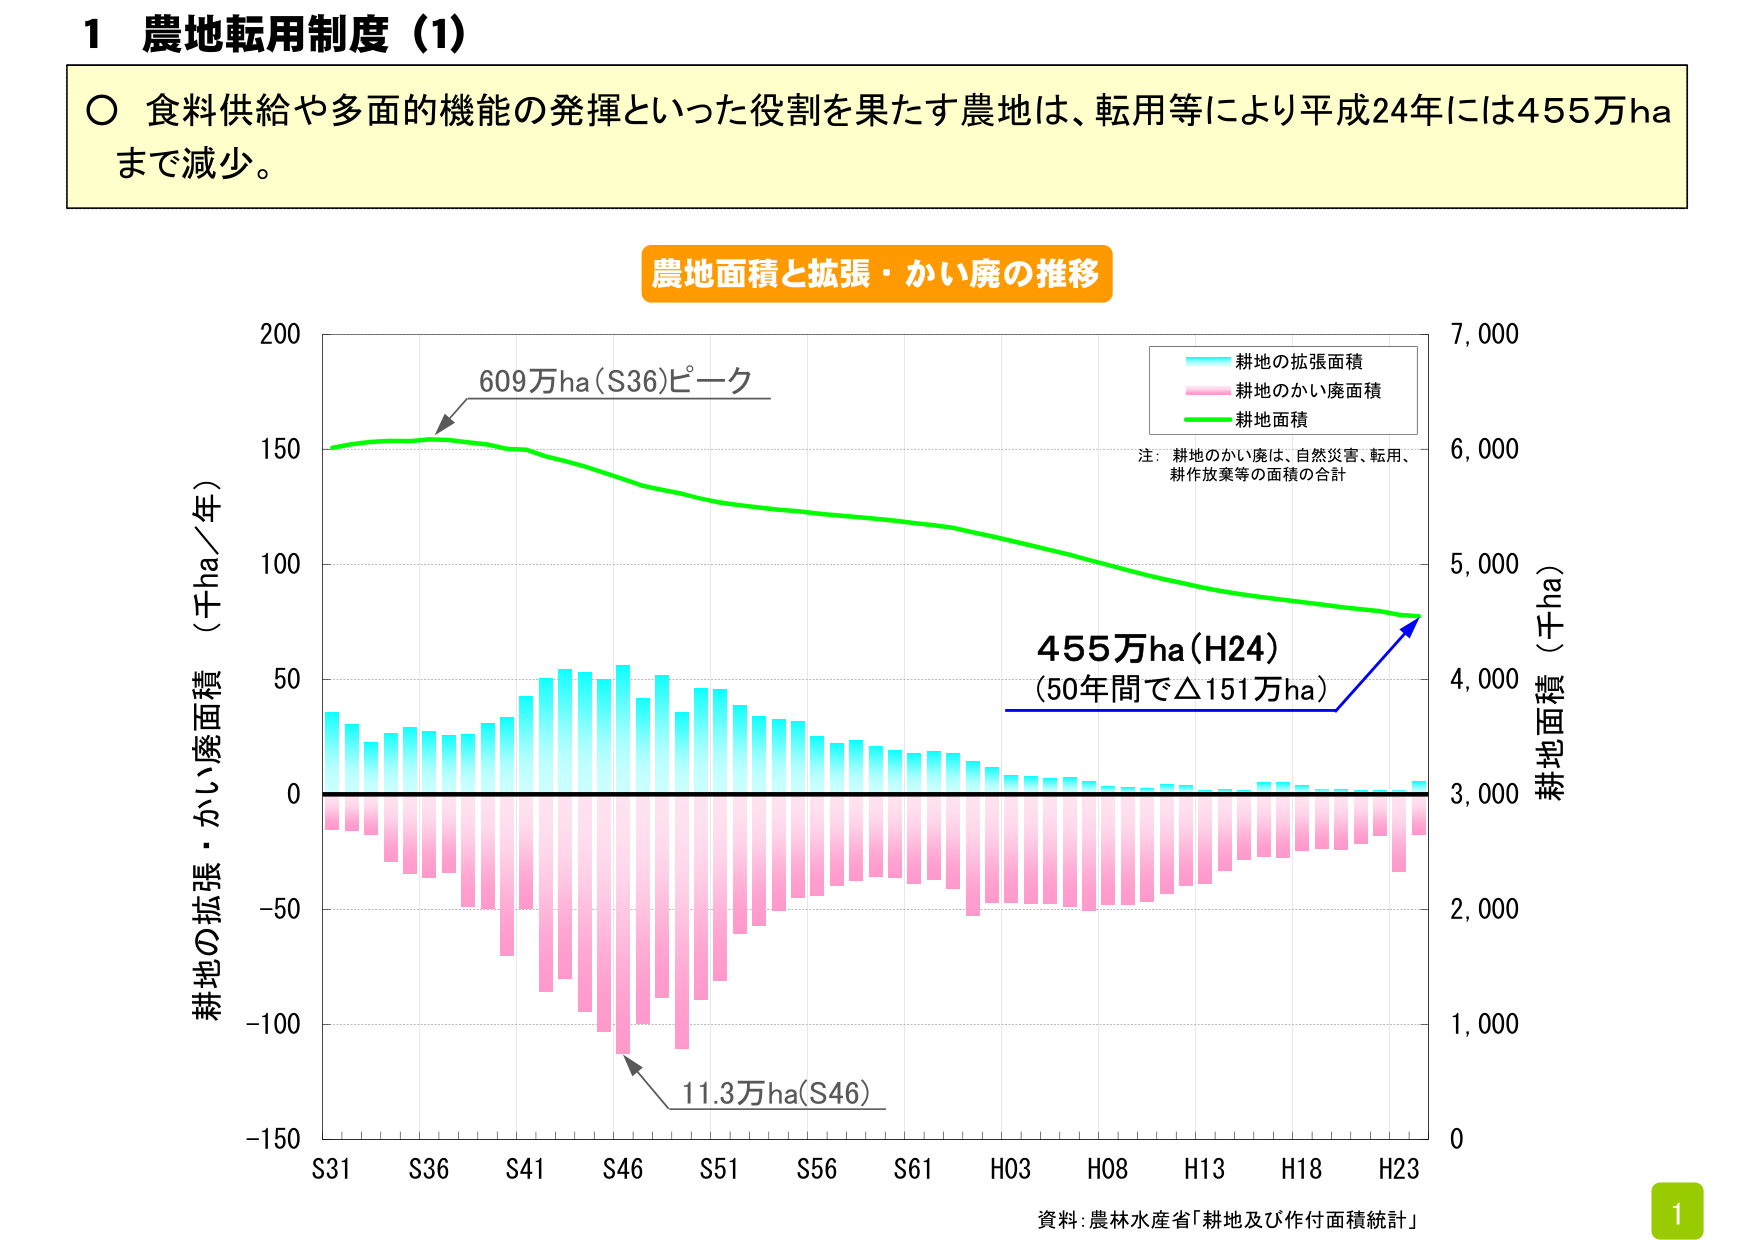
1 農地転用制度（1）

○ 食料供給や多面的機能の発揮といった役割を果たす農地は、転用等により平成24年には455万haまで減少。

農地面積と拡張・かい廃の推移

耕地の拡張面積
耕地のかい廃面積
耕地面積

注：耕地のかい廃は、自然災害、転用、耕作放棄等の面積の合計

609万ha（S36）ピーク

455万ha（H24）
（50年間で△151万ha）

11.3万ha（S46）

耕地の拡張・かい廃面積（千ha／年）

耕地面積（千ha）

S31　S36　S41　S46　S51　S56　S61　H03　H08　H13　H18　H23

資料：農林水産省「耕地及び作付面積統計」

1